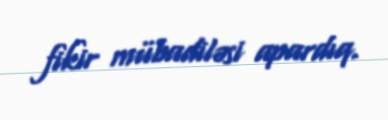
fikir mübadiləsi apardıq.